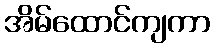
အိမ်ထောင်ကျကာ